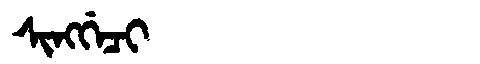
Manchu: ᠰᡳᠩᡤᡝᠴᡳ
Romanization: SINGGECI